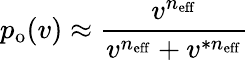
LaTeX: p_{\mathrm{o}}(v)\approx\frac{v^{n_{\mathrm{eff}}}}{v^{n_{\mathrm{eff}}}+v^{\ast n_{\mathrm{eff}}}}